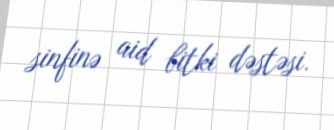
sinfinə aid bitki dəstəsi.